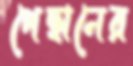
পেছানের